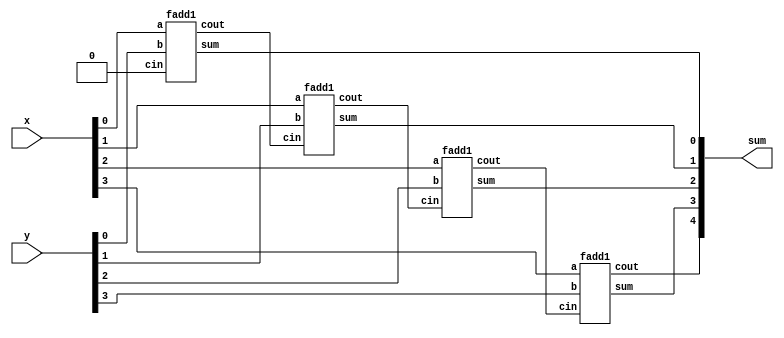
module top_module (
    input [3:0] x,
    input [3:0] y, 
    output [4:0] sum);

    wire [3:0]w;
    genvar i;
    generate
        for(i = 0; i < 4; i = i + 1) begin: fadd1
            fadd1 fadd1(x[i], y[i], i ? w[i-1] : 1'b0, sum[i], w[i]);
        end
    endgenerate
    assign sum[4] = w[3];
     
endmodule

module fadd1 (
    input a, b, cin,
    output sum, cout
);
    assign sum = a ^ b ^ cin;
    assign cout = a&b | a&cin | b&cin;
    
endmodule